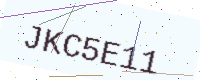
Text: JKC5E11